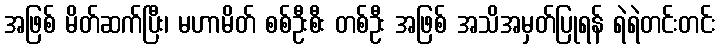
အဖြစ် မိတ်ဆက်ပြီး၊ မဟာမိတ် စစ်ဦးစီး တစ်ဦး အဖြစ် အသိအမှတ်ပြုရန် ရဲရဲတင်းတင်း